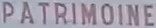
PATRIMOINE